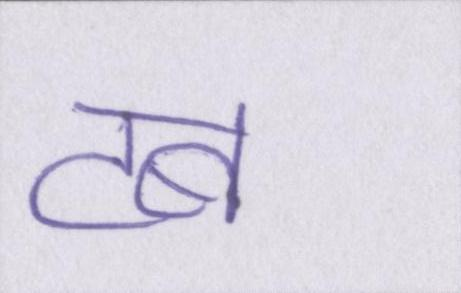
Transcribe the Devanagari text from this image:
टब